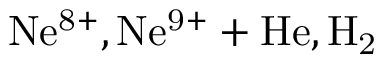
\mathrm { N e ^ { 8 + } , N e ^ { 9 + } + H e , H _ { 2 } }